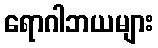
ရောဂါဘယများ